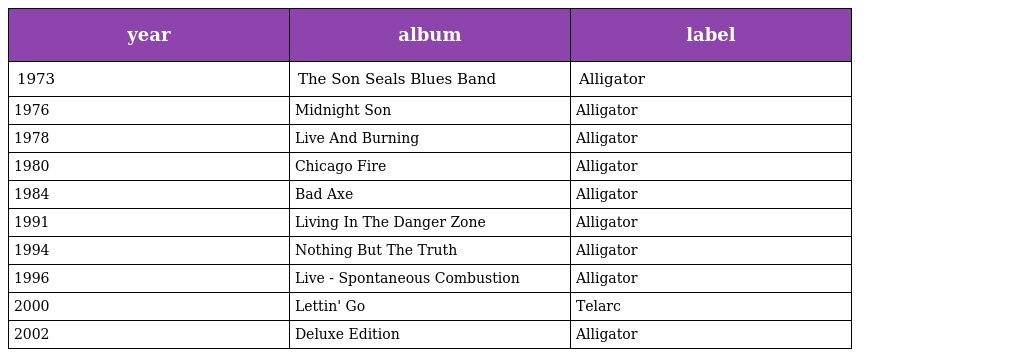
| year | album | label |
 | --- | --- | --- |
 | 1973 | The Son Seals Blues Band | Alligator |
 | 1976 | Midnight Son | Alligator |
 | 1978 | Live And Burning | Alligator |
 | 1980 | Chicago Fire | Alligator |
 | 1984 | Bad Axe | Alligator |
 | 1991 | Living In The Danger Zone | Alligator |
 | 1994 | Nothing But The Truth | Alligator |
 | 1996 | Live - Spontaneous Combustion | Alligator |
 | 2000 | Lettin' Go | Telarc |
 | 2002 | Deluxe Edition | Alligator |